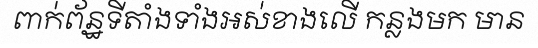
ពាក់ព័ន្ឋទីតាំងទាំងអស់ខាងលើ កន្លងមក មាន